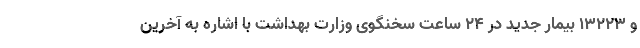
و 13223 بیمار جدید در 24 ساعت سخنگوی وزارت بهداشت با اشاره به آخرین